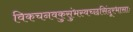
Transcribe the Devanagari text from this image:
विकचनवकुसुंभस्वच्छसिंदूरभासाः